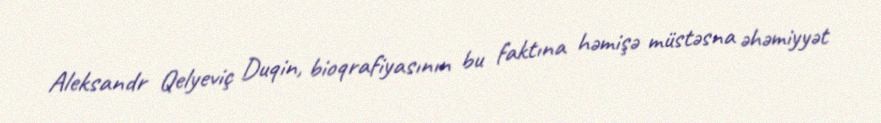
Aleksandr Qelyeviç Duqin, bioqrafiyasının bu faktına həmişə müstəsna əhəmiyyət